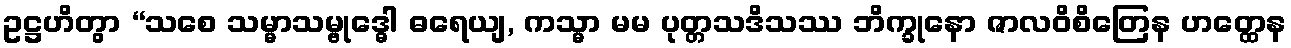
ဥဋ္ဌဟိတွာ “သစေ သမ္မာသမ္ဗုဒ္ဓေါ ဓရေယျ, ကသ္မာ မမ ပုတ္တသဒိသဿ ဘိက္ခုနော ဇာလဝိစိတြေန ဟတ္ထေန